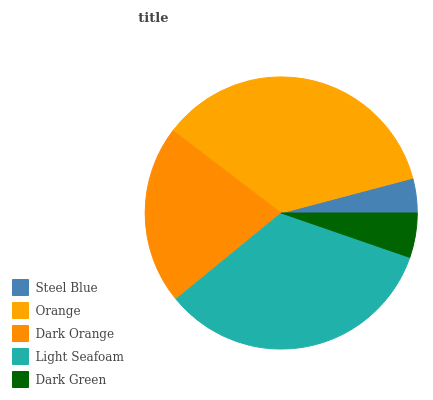
| Steel Blue | Orange | Dark Orange | Light Seafoam | Dark Green |
 | --- | --- | --- | --- | --- |
 | 4.12% | 35.5% | 21.3% | 33.8% | 5.29% |